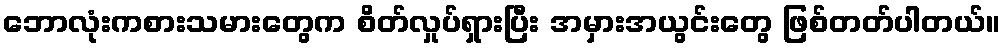
ဘောလုံးကစားသမားတွေက စိတ်လှုပ်ရှားပြီး အမှားအယွင်းတွေ ဖြစ်တတ်ပါတယ်။